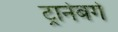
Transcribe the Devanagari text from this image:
ट्रानेबर्ग